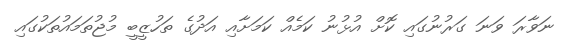
ނަވާރަ ވަނަ ގަރުނުގައި ކޮށް އުޅުނު ކަމެއް ކަމަށާއި އަދުގެ ތަހުޒީބީ މުޖުތަމައުތަކުގައި